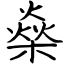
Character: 燊